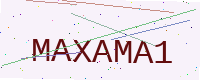
Text: MAXAMA1